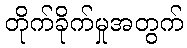
တိုက်ခိုက်မှုအတွက်